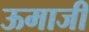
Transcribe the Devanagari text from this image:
ऊमाजी